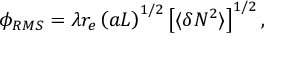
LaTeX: \phi _ { R M S } = \lambda r _ { e } \left( a L \right) ^ { 1 / 2 } \left[ \langle \delta N ^ { 2 } \rangle \right] ^ { 1 / 2 } ,